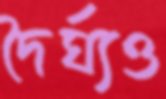
দৈর্ঘ্যও